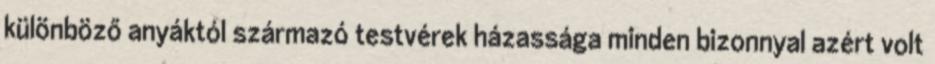
különböző anyáktól származó testvérek házassága minden bizonnyal azért volt